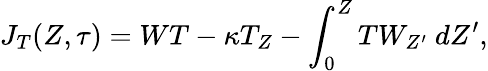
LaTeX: J_{T}(Z,\tau)=WT-\kappa T_{Z}-\int_{0}^{Z}TW_{Z^{\prime}}\ dZ^{\prime},